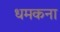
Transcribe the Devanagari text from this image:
धमकना